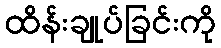
ထိန်းချုပ်ခြင်းကို